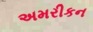
અમરીકન